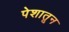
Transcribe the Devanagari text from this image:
पेशातून